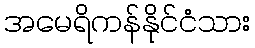
အမေရိကန်နိုင်ငံသား